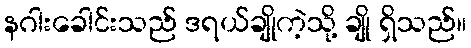
နဂါးခေါင်းသည် ဒရယ်ချိုကဲ့သို့ ချို ရှိသည်။